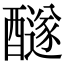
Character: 𨣢